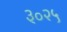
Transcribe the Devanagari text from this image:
३०२५